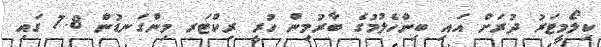
ކިލޯމީޓަރު ދުރަށް އައި ބިންހެލުމުގެ ބާރުމިން ހުރީ ރިކްޓަރ މިންގަނޑުން 7.8 ގައި